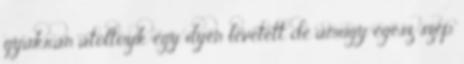
gyakran átöltözik egy ilyen levetett de amúgy egész szép